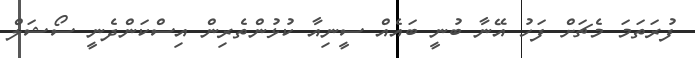
ފުރަތަމަ މެޗަށް ފަހު އޭނާ ބުނީ ބައެއް ސީނިއާ ކުޅުންތެރިން އިސްކަންދެނީ ސޯޝަލް